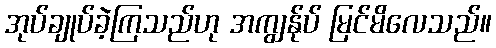
အုပ်ချုပ်ခဲ့ကြသည်ဟု အကျွန်ုပ် မြင်မိလေသည်။